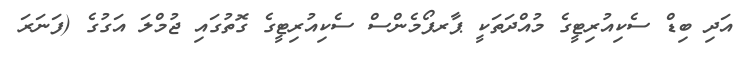
އަދި ބިޑް ސެކިއުރިޓީގެ މުއްދަތަކީ ޕާރފޯމެންސް ސެކިއުރިޓީގެ ގޮތުގައި ޖުމްލަ އަގުގެ (ފަނަރަ